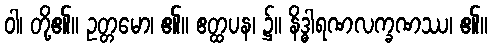
ဝါ၊ တို့၏။ ဥတ္တမော၊ ၏။ ဧတ္ထပန၊ ၌။ နိဒ္ဓါရဏလက္ခဏဿ၊ ၏။